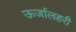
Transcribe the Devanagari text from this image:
ऊर्जालहरी